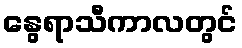
နွေရာသီကာလတွင်